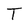
Character: T